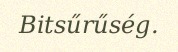
Bitsűrűség.